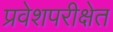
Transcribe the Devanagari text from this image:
प्रवेशपरीक्षेत